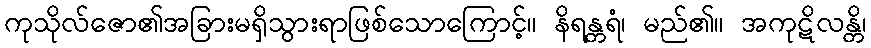
ကုသိုလ်ဇော၏အခြားမရှိသွားရာဖြစ်သောကြောင့်။ နိရန္တရံ၊ မည်၏။ အကုဋိလန္တိ၊